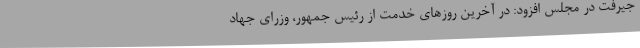
جیرفت در مجلس افزود: در آخرین روزهای خدمت از رئیس جمهور، وزرای جهاد